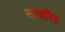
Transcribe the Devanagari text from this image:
सञ्चरित